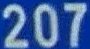
207